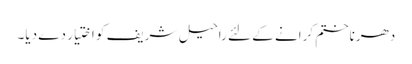
دھرناختم کرانے کے لئے راحیل شریف کو اختیار دے دیا۔